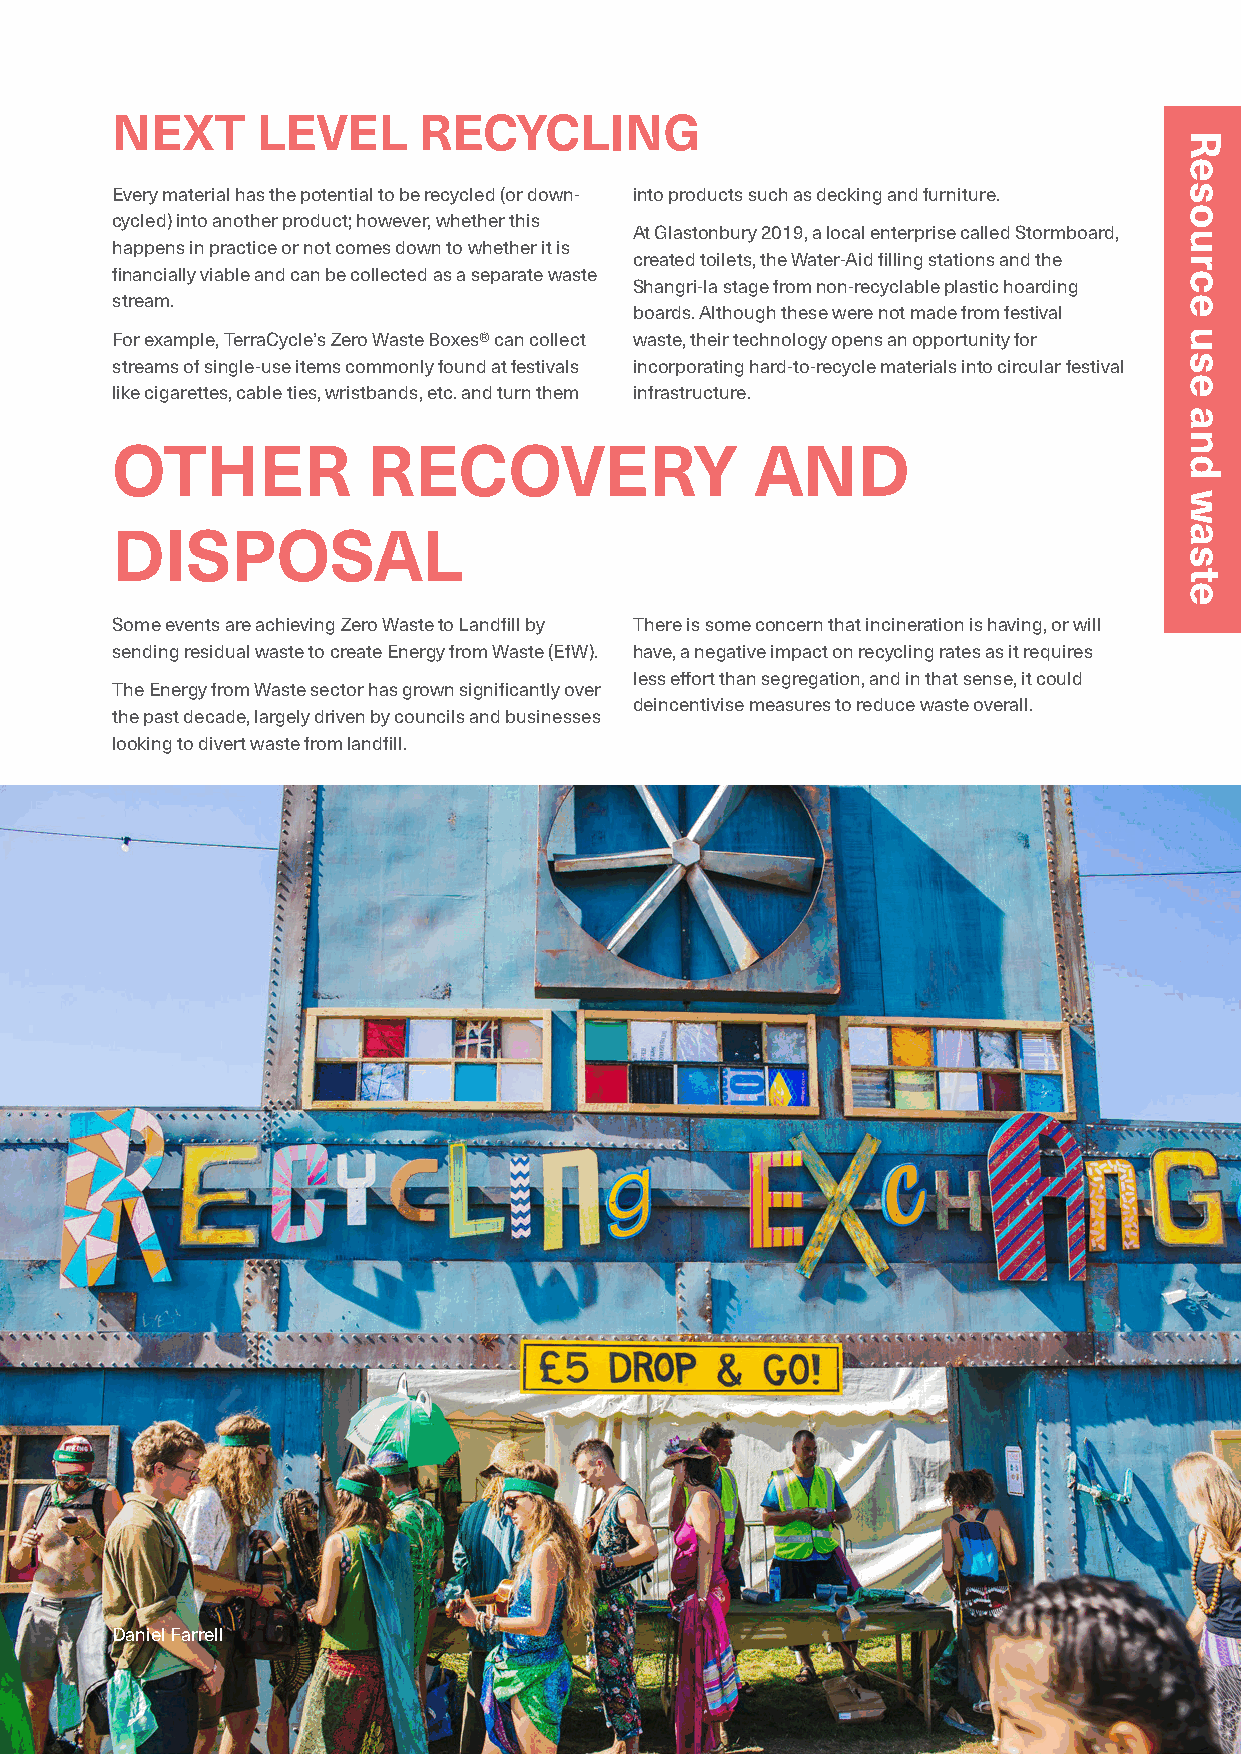
NEXT      LEVEL      RECYCLING
 Every material has the potential to be recycled (or down- into products such as decking and furniture.
 cycled) into another product; however, whether this
 At Glastonbury 2019, a local enterprise called Stormboard,
 happens in practice or not comes down to whether it is
 created toilets, the Water-Aid filling stations and the
 financially viable and can be collected as a separate waste
 Shangri-la stage from non-recyclable plastic hoarding
 stream.
 boards. Although these were not made from festival
 For example, TerraCycle’s Zero Waste Boxes® can collect waste, their technology opens an opportunity for
 streams of single-use items commonly found at festivals incorporating hard-to-recycle materials into circular festival
 like cigarettes, cable ties, wristbands, etc. and turn them infrastructure.
 OTHER            RECOVERY                  AND
 DISPOSAL
 Some events are achieving Zero Waste to Landfill by There is some concern that incineration is having, or will
 sending residual waste to create Energy from Waste (EfW). have, a negative impact on recycling rates as it requires
 less effort than segregation, and in that sense, it could
 The Energy from Waste sector has grown significantly over
 deincentivise measures to reduce waste overall.
 the past decade, largely driven by councils and businesses
 looking to divert waste from landfill.
 Daniel Farrell
 52
 Resource
 use
 and
 waste